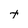
Character: t